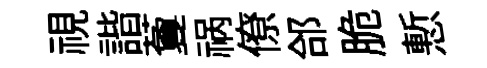
視諧藑祸僚郃脆慙